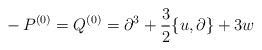
\begin{align*}- \, P^{(0)} = Q^{(0)} = \partial^3 + \frac{3}{2} \{u,\partial\} + 3w\end{align*}